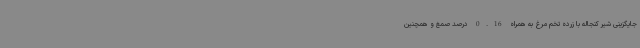
جایگزینی شیر کنجاله با زرده تخم مرغ به همراه 0.16 درصد صمغ و همچنین